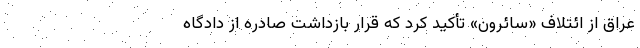
عراق از ائتلاف «سائرون» تأکید کرد که قرار بازداشت صادره از دادگاه